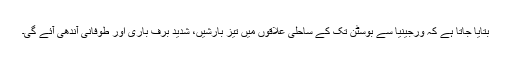
بتایا جاتا ہے کہ ورجینیا سے بوسٹن تک کے ساحلی علاقوں میں تیز بارشیں، شدید برف باری اور طوفانی آندھی آئے گی۔